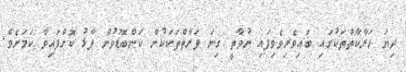
ދިޔަ ހަރާކާތްތަކުގައި ބައިވެރިވެވިފައި ނުވާތީ ގިނަ ފަރާތްތަކަކުން ކަންބޮޑުވުން ފާޅު ކޮށްފައިވާ ކަމަށެވެ.